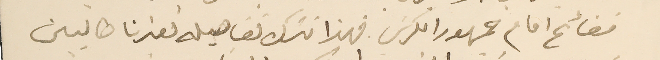
فضائح امام جمهور الكرسَى. فهذا نترك تفاصيله لغيرنا طالبين